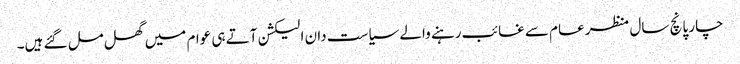
چار پانچ سال منظر عام سے غائب رہنے والے سیاست دان الیکشن آتے ہی عوام میں گھل مل گئے ہیں۔